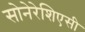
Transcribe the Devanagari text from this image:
सोनेरेशिएसी